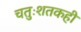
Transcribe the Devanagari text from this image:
चतुःशतकही